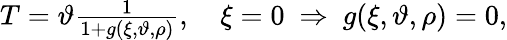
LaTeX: \begin{array}{r}{T=\vartheta\frac{1}{1+g(\xi,\vartheta,\rho)},\quad\xi=0\ \Rightarrow\ g(\xi,\vartheta,\rho)=0,}\end{array}